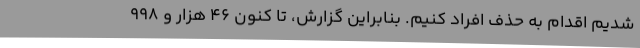
شدیم اقدام به حذف افراد کنیم. بنابراین گزارش، تا کنون ۴۶ هزار و ۹۹۸